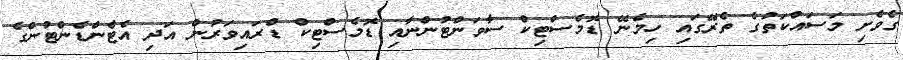
ގެވެށި މަސައްކަތުގެ ތެރޭގައި ހިމެނޭ ޑޮމެސްޓިކް ސާވަންޓުންނާއި ޑޮމެސްޓިކް ޑްރައިވަރުން އަދި އެޓެންޑެންޓުންގެ